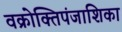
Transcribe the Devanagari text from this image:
वक्रोक्तिपंजाशिका